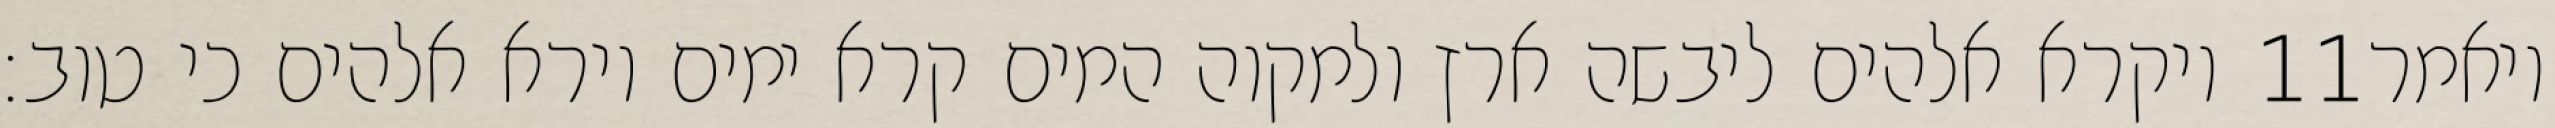
ויקרא אלהים ליבשה ארץ ולמקוה המים קרא ימים וירא אלהים כי טוב׃ ‎11‏ ויאמר